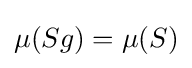
\mu (Sg)=\mu (S)